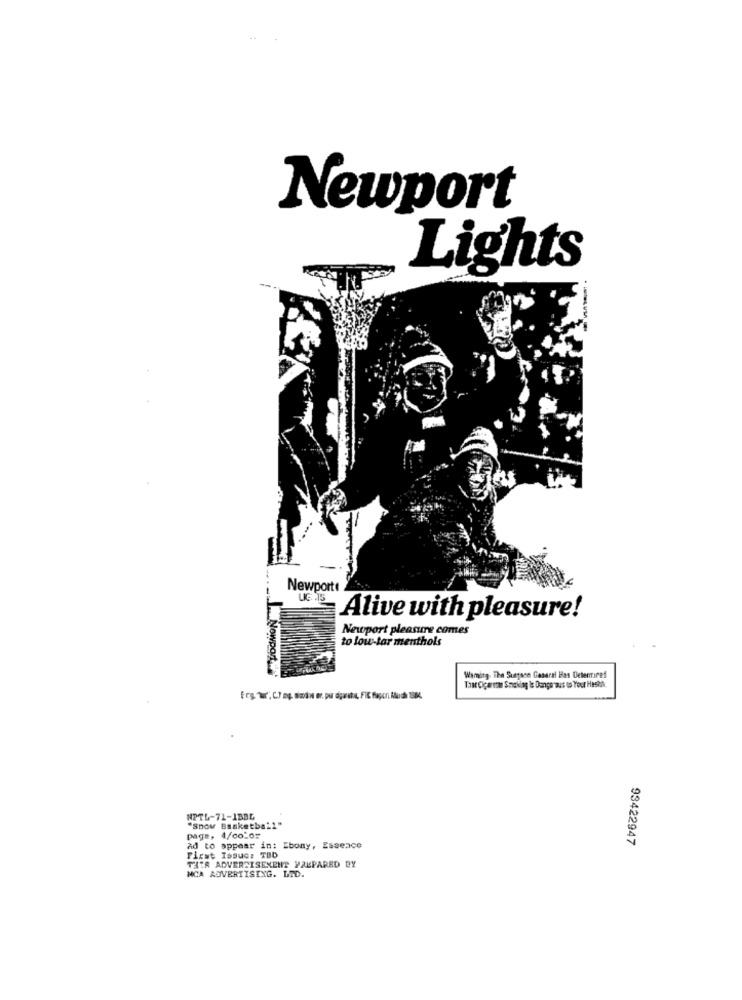
Newport
Lights
Newport
Alive with pleasure!
Newport pleasure comes
to low tar menthols
. Nowport,
Wamity. The Sunpsoe General Has Deterre!
Tant Cica non Smoking Is Dangerous to Your Hasta
NPTL-71-1BBL
"Snow Basketball"
page, 4/color
93422947
Ad to appear in: Ebony, Essence
Fixst Issue: TBD
MCA ADVERTISING. LTD.
THIR ADVERTISEMENT YALPARED BY